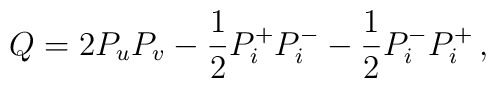
Q=2P_uP_v-\frac{1}{2}P_i^+P_i^--\frac{1}{2}P_i^-P_i^+\,,